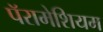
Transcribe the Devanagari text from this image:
पॅरामेशियम